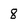
Character: 8